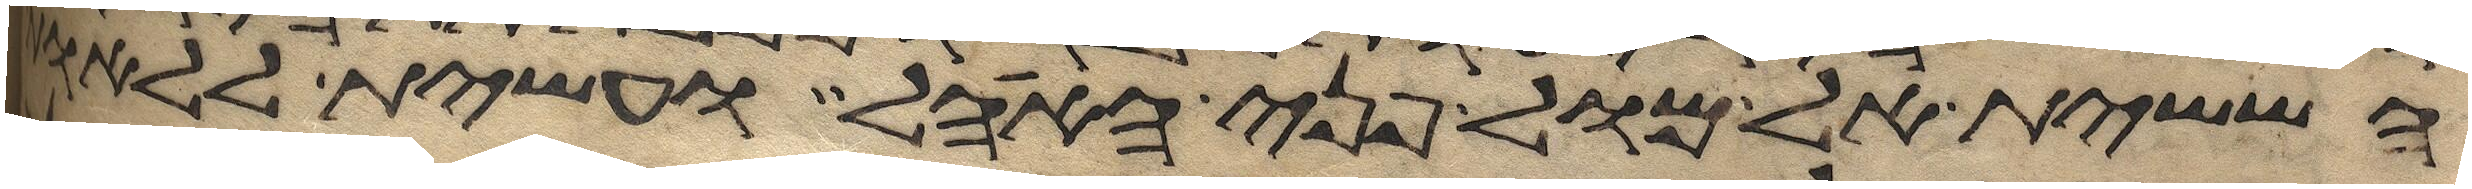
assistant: הששית אל מול פני האהל ועשית ללאות